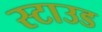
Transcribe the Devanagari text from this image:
स्टाउड